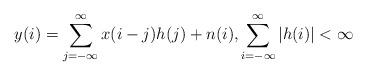
LaTeX: \begin{align*} y(i) = \sum_{j = -\infty}^{\infty} x(i - j)h(j) + n(i), \sum_{i = -\infty}^{\infty} |h(i)| < \infty\end{align*}